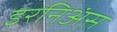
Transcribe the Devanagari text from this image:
इरनिअंस